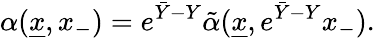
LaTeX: \alpha({\underline{{x}}},x_{-})=e^{{\bar{Y}}-Y}{\tilde{\alpha}}({\underline{{x}}},e^{{\bar{Y}}-Y}x_{-}).